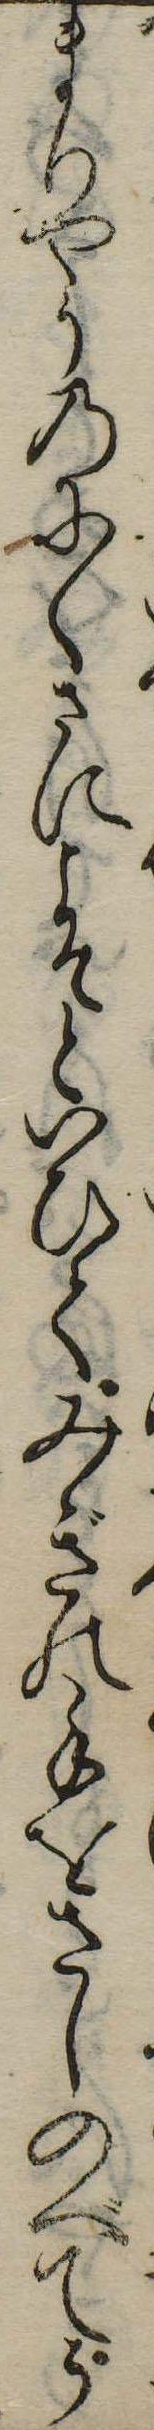
まりやうのにくさにこそといひてみぎの手をさしのべてう